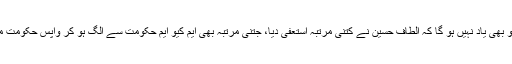
مصطفیٰ کمال نے کہا کہ میڈیا کو بھی یاد نہیں ہو گا کہ الطاف حسین نے کتنی مرتبہ استعفیٰ دیا، جتنی مرتبہ بھی ایم کیو ایم حکومت سے الگ ہو کر واپس حکومت میں آئی، اس کی ساکھ متاثر ہوئی۔